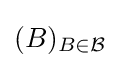
(B)_{B\in {\mathcal {B}}}